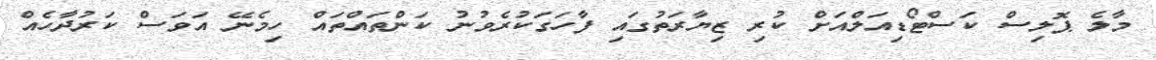
މާލެ ޕޮލިސް ކަސްޓޯޑިއަލްއަށް ކުރި ޒިޔާރަތުގައި ފާހަގަކުރެވުނު ކަންތައްތައް ހިމެނޭ އަވަސް ކަރުދާހެއް